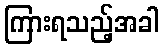
ကြားရသည့်အခါ